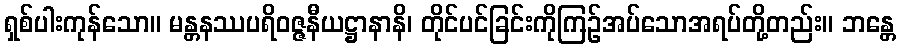
ရှစ်ပါးကုန်သော။ မန္တနဿပရိဝဇ္ဇနီယဋ္ဌာနာနိ၊ တိုင်ပင်ခြင်းကိုကြဉ်အပ်သောအရပ်တို့တည်း။ ဘန္တေ